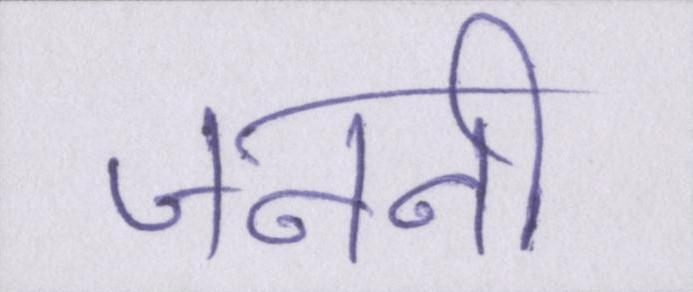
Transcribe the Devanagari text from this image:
जननी